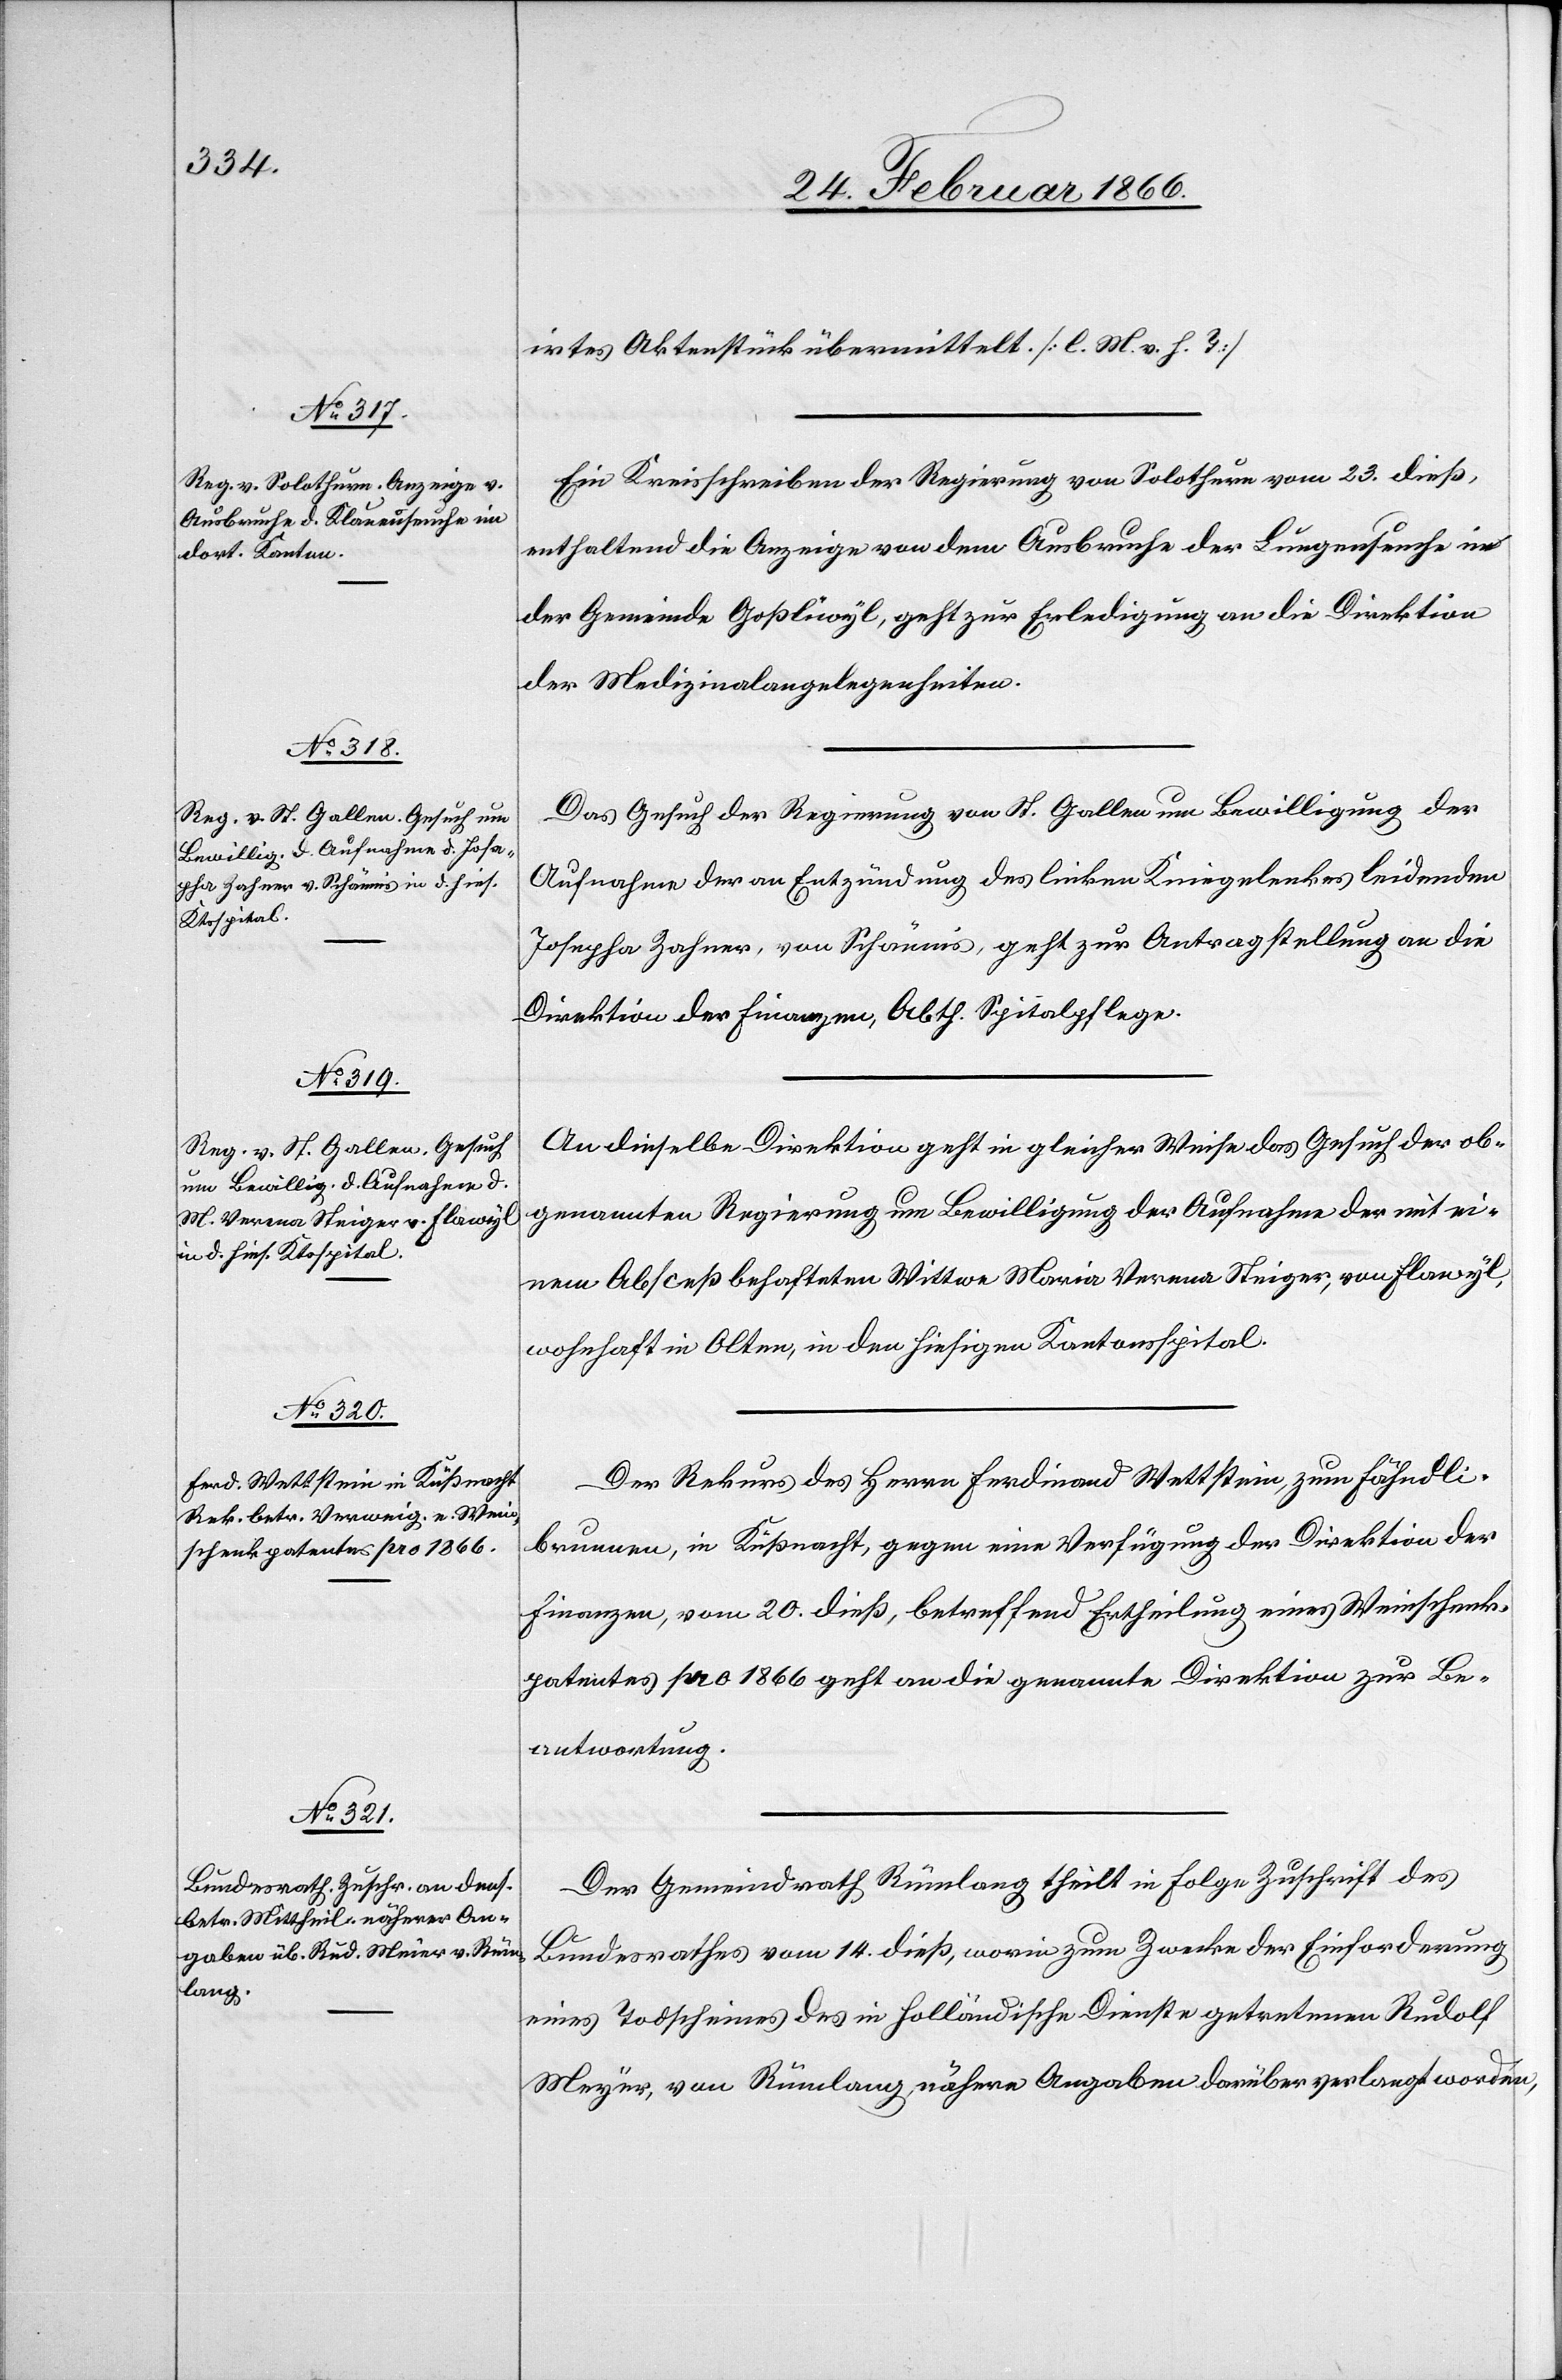
26. Februar 1866.]
irtes Aktenstück übermittelt. [l. M. v. h. T.]
Ein Kreisschreiben der Regierung von Solothurn vom 23. dieß,
enthaltend die Anzeige von dem Ausbruche der Lungenseuche
der Gemeinde Goßliwyl, geht zur Erledigung an die Direktion
der Medizinalangelegenheiten.
Das Gesuch der Regierung von St. Gallen um Bewilligung der
Aufnahme der an Entzündung des linken Kniegelenkes leidenden
Josephina Zahner, von Schänis, geht zur Antragstellung an die
Direktion der Finanzen, Abth. Spitalpflege.
An dieselbe Direktion geht in gleicher Weise das Gesuch der ob¬
genannten Regierung um Bewilligung der Aufnahme der mit ei¬
nem Absceß behafteten Wittwe Maria Verena Steiger, von Flawyl,
wohnhaft in Olten, in den hiesigen Kantonsspital.
Der Rekurs des Herrn Ferdinand Wettstein, zum Fähnli¬
brunnen, in Küßnacht, gegen eine Verfügung der Direktion der
Finanzen, vom 20. dieß, betreffend Ertheilung eines Weinschenk¬
patentes pro 1866 geht an die genannte Direktion zur Be¬
antwortung.
Der Gemeindrath Rümlang theilt in Folge Zuschrift des
Bundesrathes vom 14. dieß, worin zum Zwecke der Einforderung
eines Todscheines des in holländische Dienste getretenen Rudolf
Meyer, von Rümlang, nähere Angaben darüber verlangt worden,